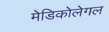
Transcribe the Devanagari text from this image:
मेडिकोलेगल